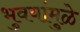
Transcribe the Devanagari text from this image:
भुवयांमुळे